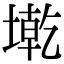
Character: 墘